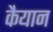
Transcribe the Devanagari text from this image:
कैयान